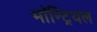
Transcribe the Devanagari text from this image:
माॅन्ट्रियल